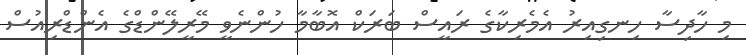
މި ހާދިސާ ހިނގިއިރު އެމެރިކާގެ ރައީސް ބަރަކް އޮބާމާ ހުންނެވީ މޭރީލޭންޑްގެ އެންޑްރިއުސް